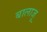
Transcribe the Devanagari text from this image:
बालाजू